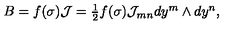
B = f ( \sigma ) \mathcal { J } = \textstyle { \frac { 1 } { 2 } } f ( \sigma ) \mathcal { J } _ { m n } d y ^ { m } \wedge d y ^ { n } ,